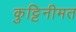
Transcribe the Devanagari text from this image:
कुट्टिनीमत